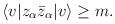
LaTeX: \begin{align*}\langle v|z_\alpha\bar{z}_\alpha|v\rangle\geq m.\end{align*}